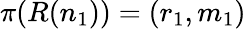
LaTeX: \pi(R(n_{1}))=(r_{1},m_{1})